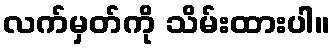
လက်မှတ်ကို သိမ်းထားပါ။